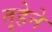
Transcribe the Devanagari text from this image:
तृहेने